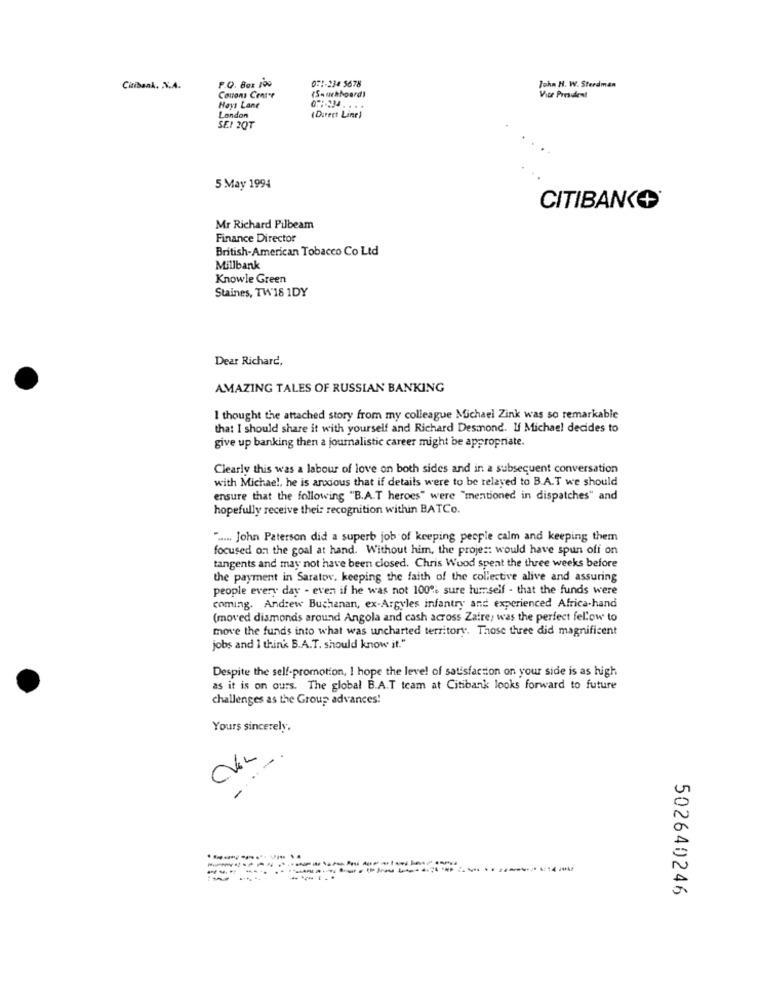
0:1-234 5678
John H. W. Sterdman
Citibank. N.A.
P.O. Box 100
Contons Center
(S-uchboard)
Vice President
Hays Lane
London
...
(Direct Line)
SEI 3QT
5 May 1994
CITIBANK+
Mr Richard Pilbeam
Finance Director
British-American Tobacco Co Ltd
Millbank
Knowle Green
Staines, TW18 1DY
Dear Richard,
AMAZING TALES OF RUSSIAN BANKING
I thought the attached story from my colleague Michael Zink was so remarkable
that I should share it with yourself and Richard Desmond. If Michael decides to
give up banking then a journalistic career might be appropriate.
Clearly this was a labour of love on both sides and in a subsequent conversation
with Michael, he is arodous that if details were to be relayed to B.A.T we should
ensure that the following "B.A.T heroes" were "mentioned in dispatches" and
hopefully receive thei: recognition within BATCo.
" ..... John Paterson did a superb job of keeping people calm and keeping them
focused on the goal at hand. Without him, the projet: would have spun off on
tangents and may not have been closed. Chris Wood spent the three weeks before
the payment in Saratov, keeping the faith of the collective alive and assuring
people every day - even if he was not 100% sure humself - that the funds were
coming. Andrew Buchanan, ex-Argyles infantry and experienced Africa-hand
(moved diamonds around Angola and cash across Zaire, was the perfect fellow to
move the funds into what was uncharted territory. Those three did magnificent
jobs and I think B.A.T. should know it."
Despite the self-promotion, I hope the level of satisfaction on your side is as high
as it is on ours. The global B.A.T team at Citibank looks forward to future
challenges as the Group advances!
Yours sincerely.
.---
502640246